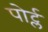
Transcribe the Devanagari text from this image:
पोर्ट्ल